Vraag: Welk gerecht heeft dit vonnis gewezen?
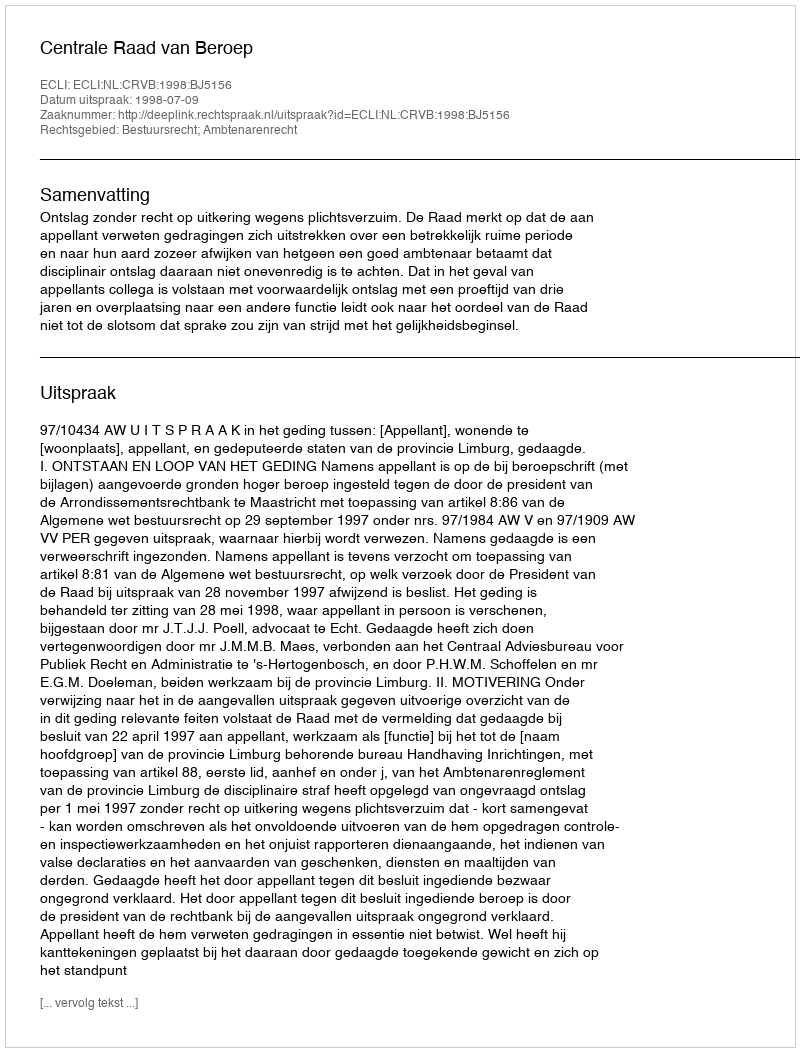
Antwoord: Centrale Raad van Beroep